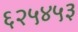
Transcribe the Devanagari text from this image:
६२५४५३